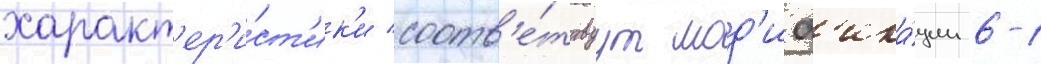
характ'ер'и́ст'ик'и соотв'е́тствуут мод'иф'ика́ции 6-1